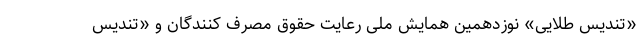
«تندیس طلایی» نوزدهمین همایش ملی رعایت حقوق مصرف کنندگان و «تندیس